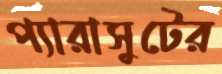
প্যারাসুটের